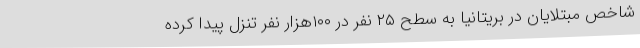
شاخص مبتلایان در بریتانیا به سطح ۲۵ نفر در ۱۰۰هزار نفر تنزل پیدا کرده